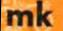
mk